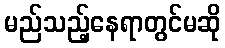
မည်သည့်နေရာတွင်မဆို